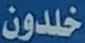
خلدون